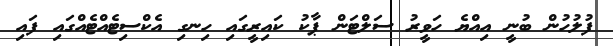
ފުލުހުން ބުނީ އިއްޔެ ހަވީރު ސަލްޓަން ޕާކު ކައިރީގައި ހިނގި އެކްސިޓެއްޓެއްގައި ފައި